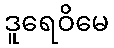
ဒူရေဝိမေ